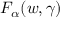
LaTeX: F _ { \alpha } ( w , \gamma )